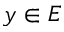
y \in E